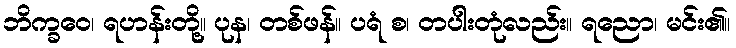
ဘိက္ခဝေ၊ ရဟန်းတို့။ ပုန၊ တစ်ဖန်။ ပရံ စ၊ တပါးတုံလည်း။ ရညော၊ မင်း၏။